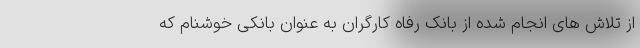
از تلاش های انجام شده از بانک رفاه کارگران به عنوان بانکی خوشنام که